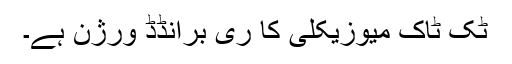
ٹک ٹاک میوزیکلی کا ری برانڈڈ ورژن ہے۔